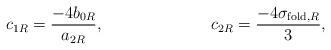
LaTeX: \begin{align*}c_{1R} &= \frac{-4 b_{0R}}{a_{2R}}, &c_{2R} &= \frac{-4 \sigma_{{\rm fold},R}}{3},\end{align*}